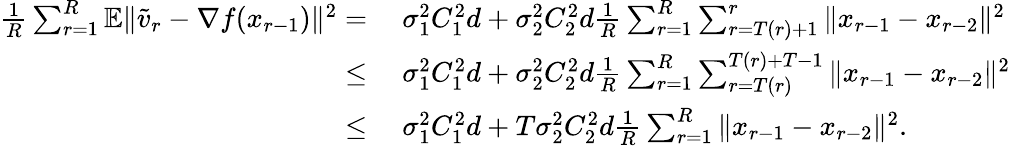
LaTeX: \begin{array}{rl}{\frac{1}{R}\sum_{r=1}^{R}\mathbb{E}\| \widetilde v_{r}-\nabla f(x_{r-1})\| ^{2}=}&{\ \sigma_{1}^{2}C_{1}^{2}d+\sigma_{2}^{2}C_{2}^{2}d\frac{1}{R}\sum_{r=1}^{R}\sum_{r=T(r)+1}^{r}\| x_{r-1}-x_{r-2}\| ^{2}}\\ {\leq}&{\ \sigma_{1}^{2}C_{1}^{2}d+\sigma_{2}^{2}C_{2}^{2}d\frac{1}{R}\sum_{r=1}^{R}\sum_{r=T(r)}^{T(r)+T-1}\| x_{r-1}-x_{r-2}\| ^{2}}\\ {\leq}&{\ \sigma_{1}^{2}C_{1}^{2}d+T\sigma_{2}^{2}C_{2}^{2}d\frac{1}{R}\sum_{r=1}^{R}\| x_{r-1}-x_{r-2}\| ^{2}.}\end{array}